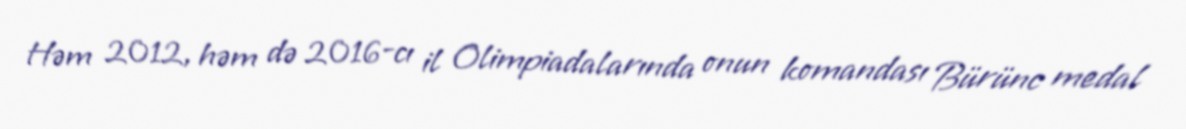
Həm 2012, həm də 2016-cı il Olimpiadalarında onun komandası Bürünc medal